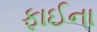
ફાઈના